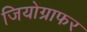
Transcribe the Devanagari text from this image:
जियोग्राफर